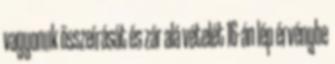
vagyonuk összeírását és zár alá vételét 16-án lép érvénybe